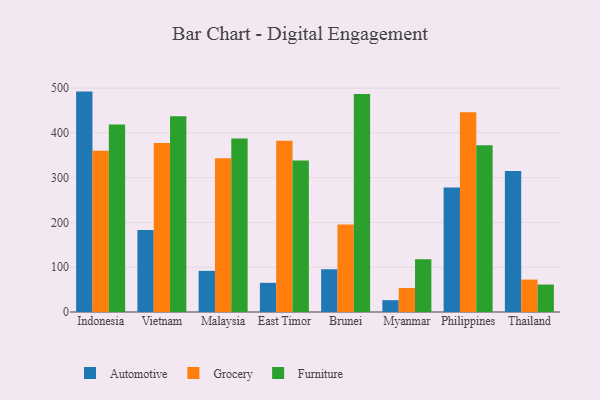
{"axis": {"x": "Country", "y": "Bounce Rate (%)"}, "legend": ["Automotive", "Furniture", "Grocery"], "data": [{"x": "Indonesia", "y": 492.2, "type": "Automotive"}, {"x": "Indonesia", "y": 360.1, "type": "Grocery"}, {"x": "Indonesia", "y": 419.0, "type": "Furniture"}, {"x": "Vietnam", "y": 183.4, "type": "Automotive"}, {"x": "Vietnam", "y": 377.5, "type": "Grocery"}, {"x": "Vietnam", "y": 437.4, "type": "Furniture"}, {"x": "Malaysia", "y": 91.9, "type": "Automotive"}, {"x": "Malaysia", "y": 343.2, "type": "Grocery"}, {"x": "Malaysia", "y": 387.7, "type": "Furniture"}, {"x": "East Timor", "y": 65.1, "type": "Automotive"}, {"x": "East Timor", "y": 382.3, "type": "Grocery"}, {"x": "East Timor", "y": 338.2, "type": "Furniture"}, {"x": "Brunei", "y": 95.5, "type": "Automotive"}, {"x": "Brunei", "y": 195.2, "type": "Grocery"}, {"x": "Brunei", "y": 486.6, "type": "Furniture"}, {"x": "Myanmar", "y": 26.4, "type": "Automotive"}, {"x": "Myanmar", "y": 53.7, "type": "Grocery"}, {"x": "Myanmar", "y": 118.0, "type": "Furniture"}, {"x": "Philippines", "y": 277.9, "type": "Automotive"}, {"x": "Philippines", "y": 446.0, "type": "Grocery"}, {"x": "Philippines", "y": 372.5, "type": "Furniture"}, {"x": "Thailand", "y": 315.1, "type": "Automotive"}, {"x": "Thailand", "y": 72.4, "type": "Grocery"}, {"x": "Thailand", "y": 61.3, "type": "Furniture"}]}